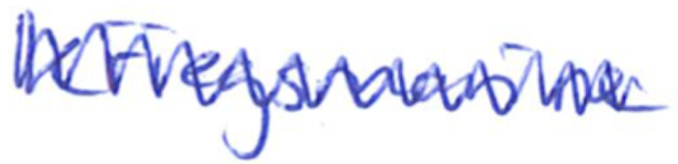
Text: Kriegsmarine
Cross-out: zig-zag
Writing tool: ballpoint